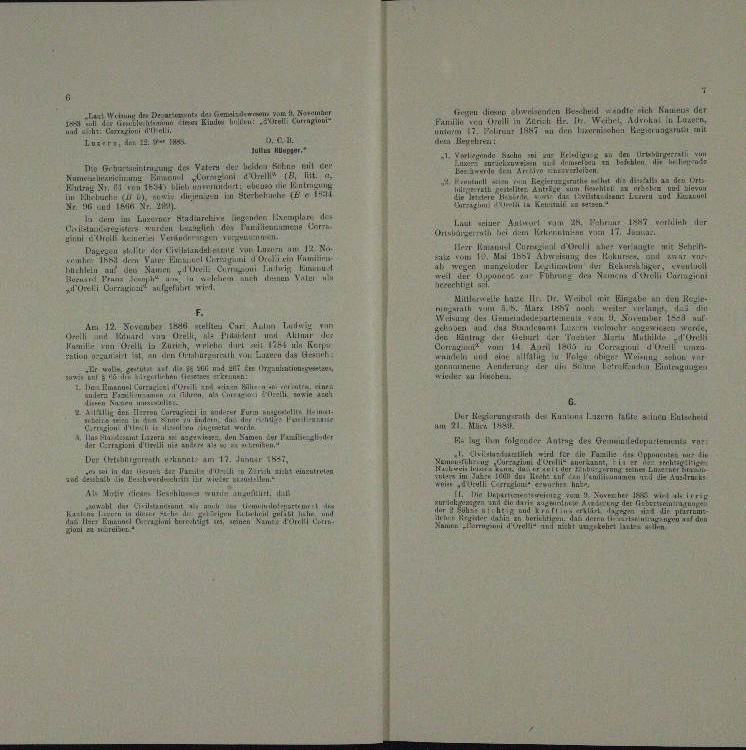
ch Kniens de
waren Beschen
Tryn
en
e                             in der der aber den in eine einen
und
maur 1847 an die Lehen Berg mit
.

LLEPTr, Art 12. Mai 1844
u Münge
.
a il err
Hereiteten
Aer Vatern de

Aux

 . . . .
.
A

n
.

 dem in Luzerner Natur generalen de
uler Antwort in Z. nr 14 verlich der
n
der Familien

zette ihren vom 17. Januar

r Emanuel cur
um 12. B
us. Wir der Civilstandal eine um 1
  er der

wi u
n
n

a
ra
n
un und
a

ir Eingabe an den Re
l

Wenn der Eismeindenteurtei

ung a
.

n

de er einen gegen
ve
rganisation
n
n

un
a
.

irnach den Kunzen Last einen Enterh

n
n . . .
 atte alter
E. in ihm folgender Antrag des Gemeindern vor
u

.

Der Elterath hat am 17. Junuar 1841,

.
.
u

u
A Motiv am Bracht nur

d

.
Landmann des
abl in
Mar
e
e
u
n
n

e

A. E. H.